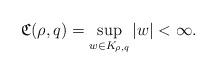
LaTeX: \begin{align*} \mathfrak{C}(\rho,q) = \sup_{w \in K_{\rho,q}} |w| < \infty. \end{align*}